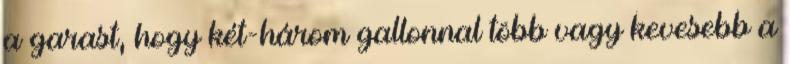
a garast, hogy két-három gallonnal több vagy kevesebb a